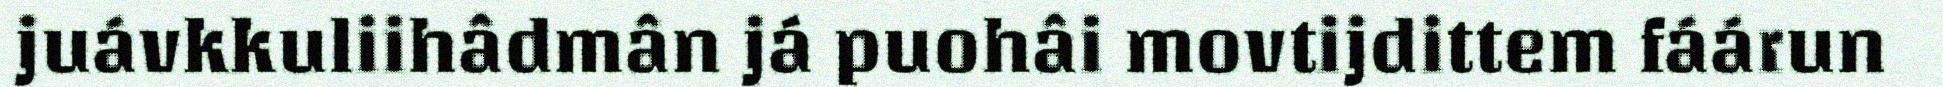
juávkkuliihâdmân já puohâi movtijdittem fáárun